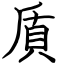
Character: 貭